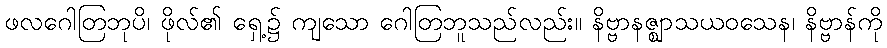
ဖလဂေါတြဘုပိ၊ ဖိုလ်၏ ရှေ့၌ ကျသော ဂေါတြဘူသည်လည်း။ နိဗ္ဗာနဇ္ဈာသယဝသေန၊ နိဗ္ဗာန်ကို